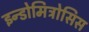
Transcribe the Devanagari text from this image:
इन्डोमिट्रोसिस